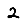
Digit: 2